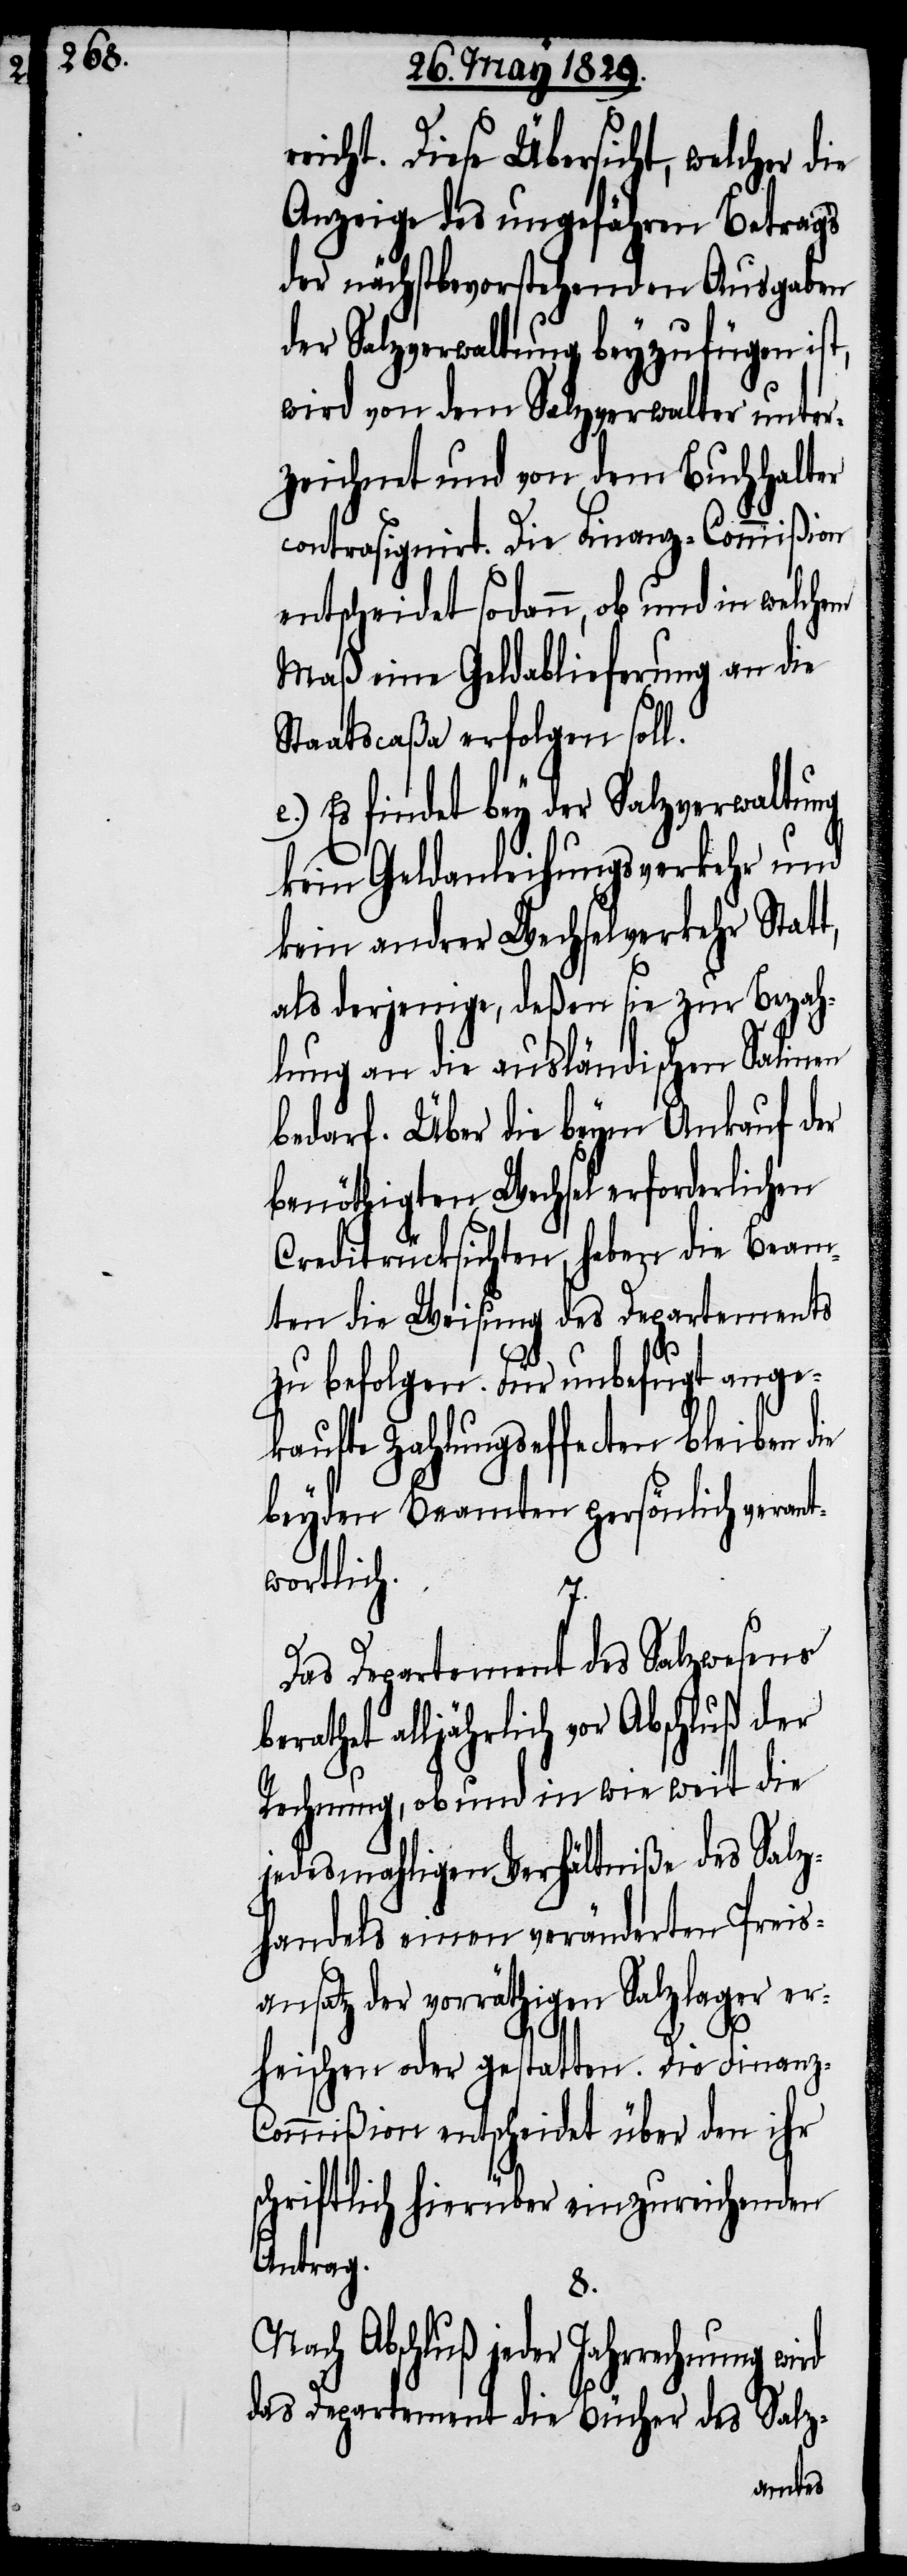
b¬

z-C¬

reicht. Diese Übersicht, welcher die
Anzeige des ungefähren Betrags
der nächstbevorstehenden Ausgaben
der Salzverwaltung beyzufügen ist,
wird von dem Salzverwalter unter¬
zeichnet und von dem Buchhalter
contrasignirt. Die Finanz-Commißion
entscheidet sodann, ob und in welchem
Maß eine Geldablieferung an die
Staatscaßa erfolgen soll.
e.) Es findet bey der Salzverwaltung
kein Geldanleihungsverkehr und
kein andrer Wechselverkehr Statt,
als derjenige, deßen sie zur Bezah¬
lung an die ausländischen Salinen
bedarf. Über die beym Ankauf der
benöthigten Wechsel erforderlichen
Creditrücksichten, haben die Beam¬
ten die Weisung des Departements
zu befolgen. Für unbefugt ange¬
kaufte Zahlungseffecten bleiben die
beyden Beamten persönlich verant¬
wortlich.
Das Departement des Salzwesens
erathet alljährlich vor Abschluß der
Rechnung, ob und in wie weit die
jedesmahligen Verhältniße des Salz¬
handels einen veränderten Preis¬
ansatz der vorräthigen Salzlager er¬
heischen oder gestatten. Die Finan¬
ommißion entscheidet über den ihr
schriftlich hierüber einzureichenden
Antrag.
Nach Abschluß jeder Jahrrechnung
das Departement die Bücher des Salz-